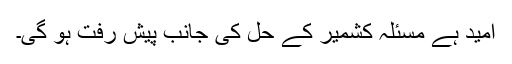
امید ہے مسئلہ کشمیر کے حل کی جانب پیش رفت ہو گی۔